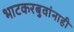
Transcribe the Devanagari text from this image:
भाटकरबुवांनाही